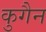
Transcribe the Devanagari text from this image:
कुगैन